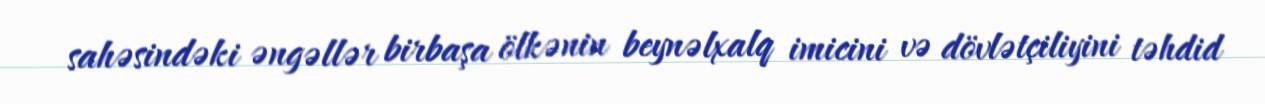
sahəsindəki əngəllər birbaşa ölkənin beynəlxalq imicini və dövlətçiliyini təhdid